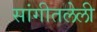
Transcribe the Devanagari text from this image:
सांगीतलेली